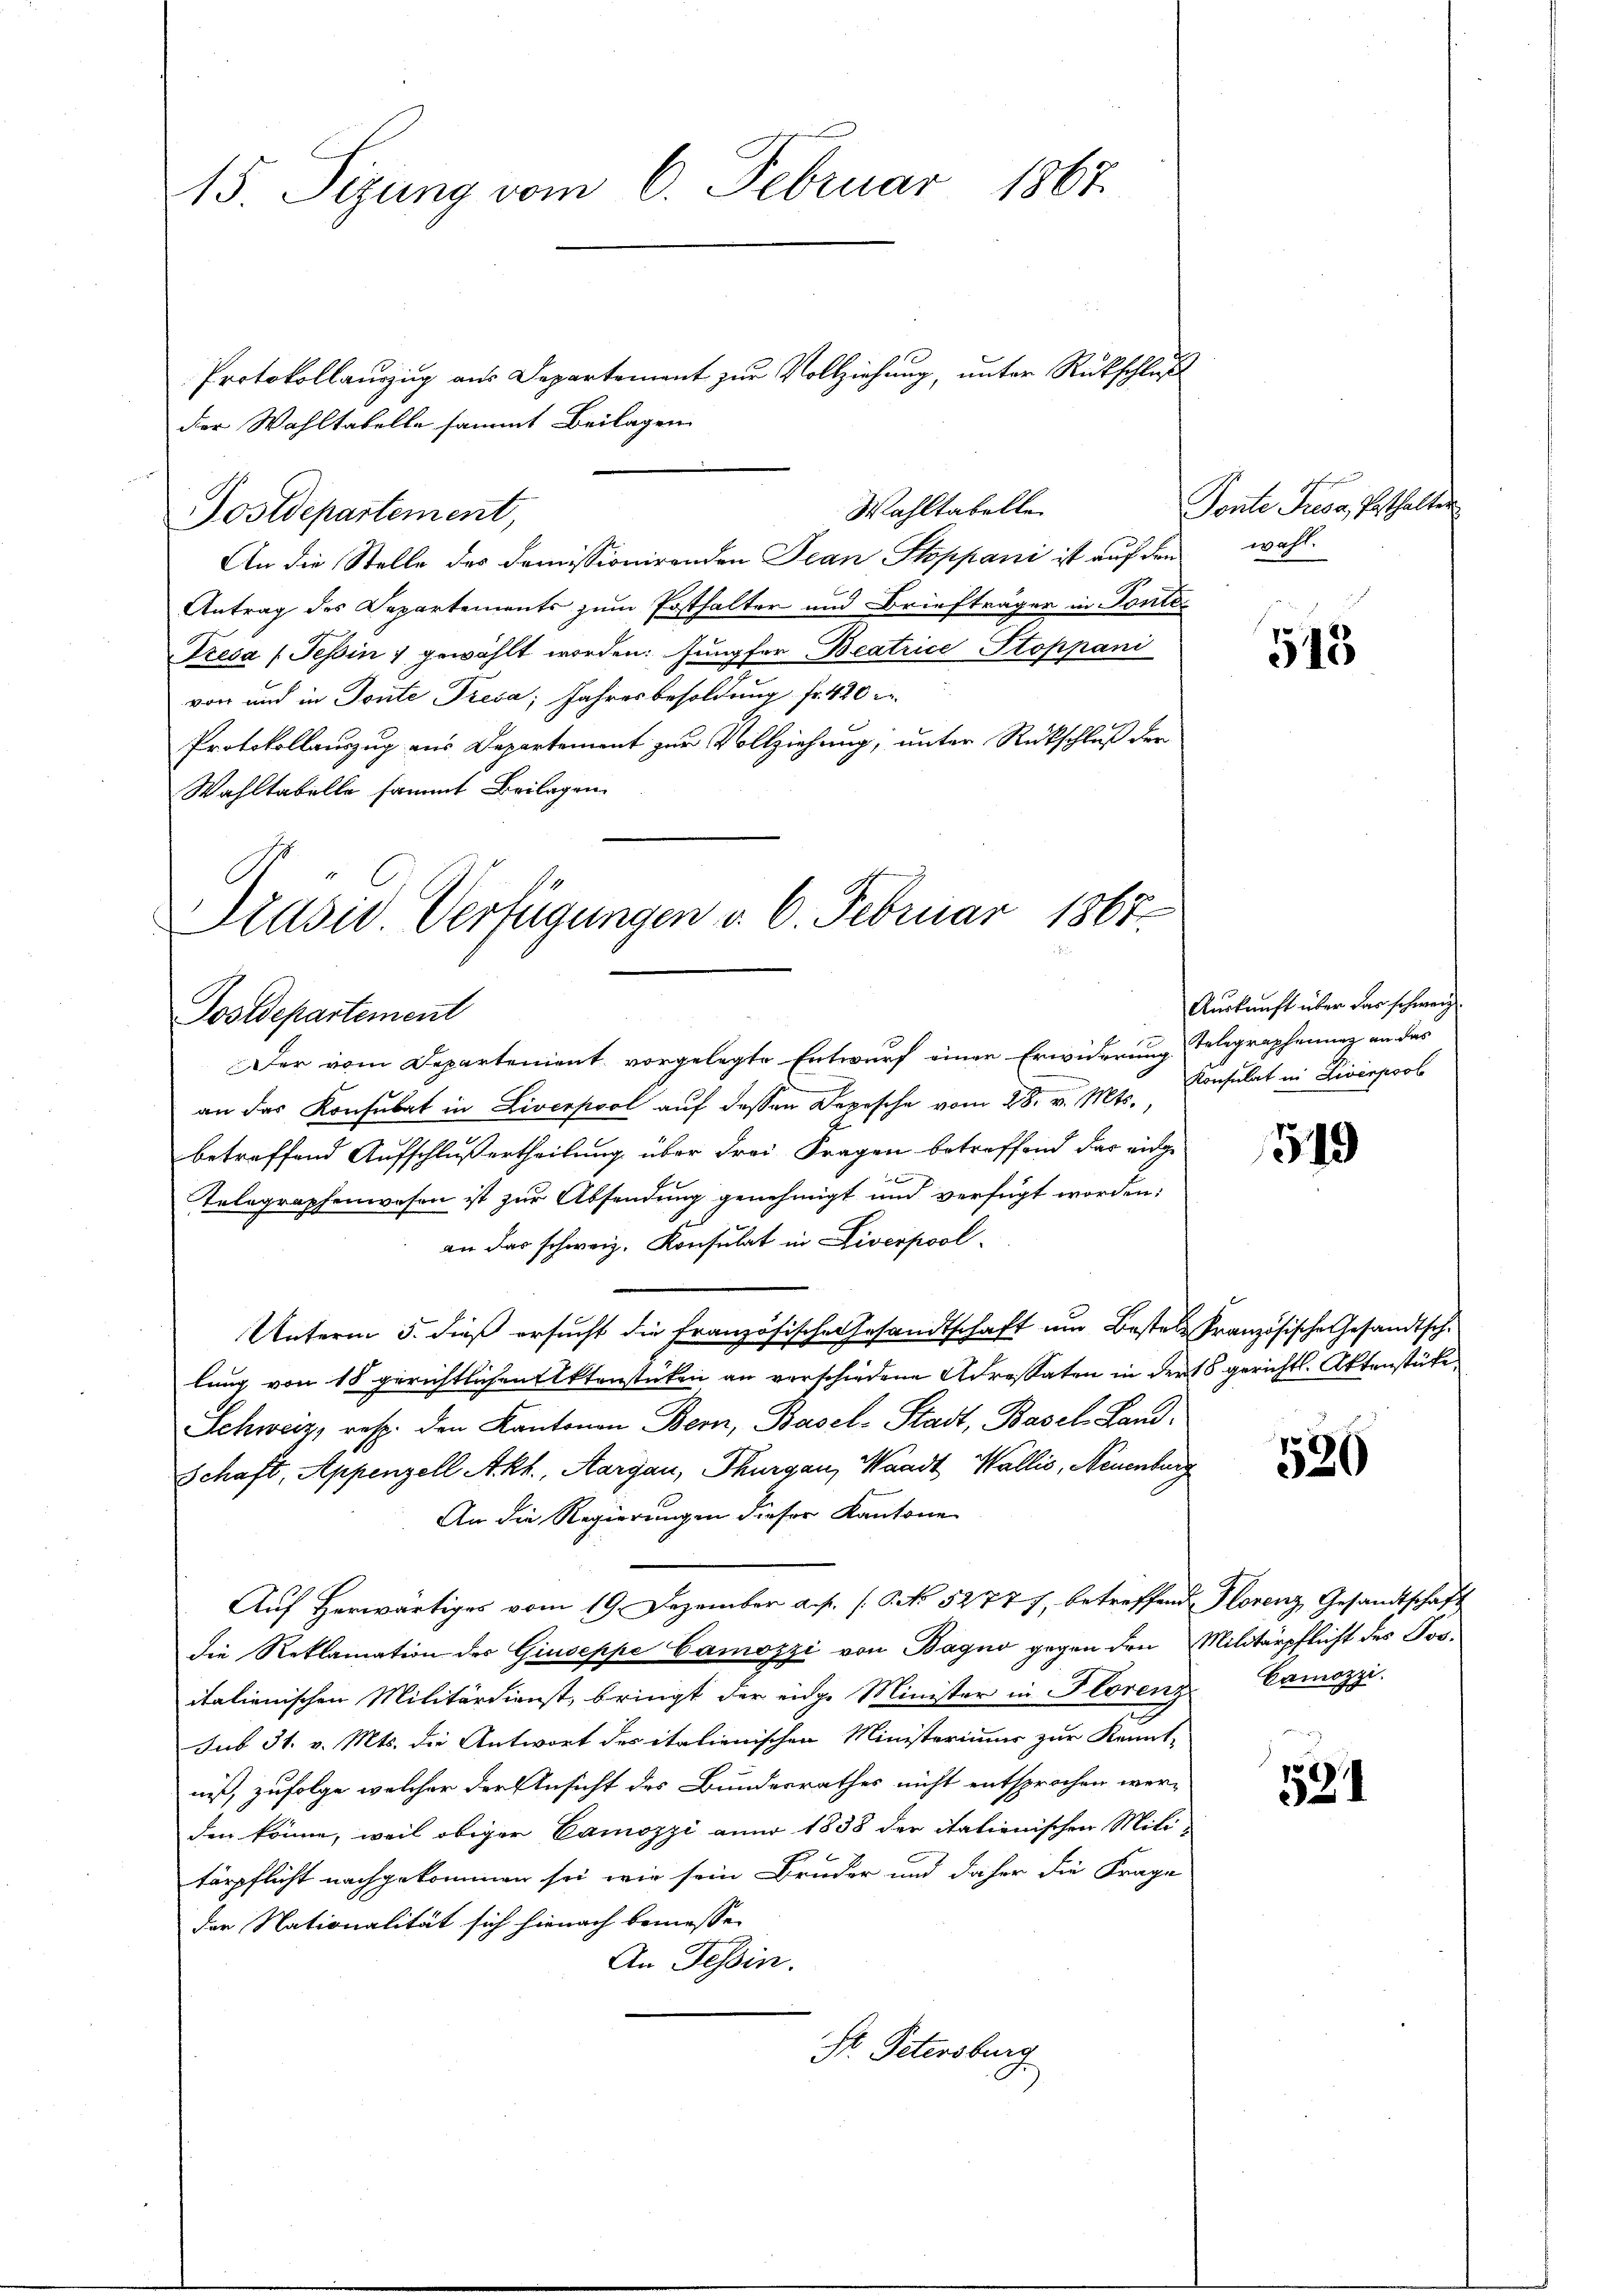
15. Sizung vom 6. Februar 1867.

Protokollauszug aus Departement zur Vollziehung, unter Rückschluß
der Wahltabelle sammt Beilagen
Wahltabelle
Postdepartement,
An die Stelle des domissionirenden Jean Stoppani ist auf den wohl¬
Antrag des Departements zum Posthalter und Briefträger in Tontes
Fresa (Tessin u gewählt worden. Jungfer Beatrice Stoppani
von und in Tonte Tresa; Jahresbesoldung fr. 420
Protokollauszug aus Departement zur Vollziehung, unter Rückschluß der
Wahltabelle sammt Beilagen.

Der vom Departement vorgelegte Entwurf einer Erwiderung Telegraphenung an das
an das Konsulat in Liverpool auf dessen Depesche vom 28. v. Mts. Konsulat in Liverprob
betreffend Aufschluß ertheilung über drei Fragen betreffend das eidge-
Telegraphenwesen ist zur Absendung genehmigt und verfügt worden.
an das schweiz. Konsulat in Liverpool.
Unterm 5. dieß ersucht die französische Gesandtschaft um Bestels französische Gesandtsch.
lung von 18 gerichtlichen Aktenstücken an verschiedene Adressaten in der 18 gerichtl. Aktenstüke
Schweiz, resp. den Kantonen Bern, Basel-Stadt, Basel Land¬
Schaft, Appenzell Akt., Aargau, Thurgau, Waadt, Wallis, Neuenburg
An die Regierungen dieser Kantone
Aŭf herwärtiges vom 19. Dezember a. p. s. S. 52777, betreffend Florenz Gesandtschaft
die Reklamation der Giuseppe Camozzi von Bagno gegen den Militärpflicht des Poritalienischen Militärdienst, bringt der eidge Minister in Florenz Camozzi.
sub 31. v. Mts. die Antwort des italienischen Ministeriums zur Kennt-
niß, zufolge welcher der Ansicht des Bundesrathes nicht entsprochen wer-
den könne, weil obiger Camozzi anno 1838 der italienischen Mili-
tärpflicht nachgekommen sei wir sein Bruder und daher die Frage
der Nationalität sich hienach bemessen
An Tessin.
St. Petersburg

Prasis Verfügungen v. 6. Februar 1867.
Postdepartement

Ponte Jura, Besthalter

513

Auskunft über das schweiz.

519

520

521